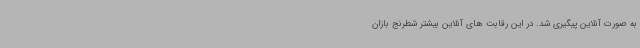
به صورت آنلاین پیگیری شد. در این رقابت های آنلاین بیشتر شطرنج بازان